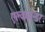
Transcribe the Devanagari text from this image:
एल्कजेन्डर